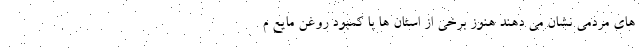
های مردمی نشان می دهند هنوز برخی از استان ها با کمبود روغن مایع م